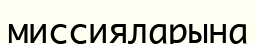
миссияларына